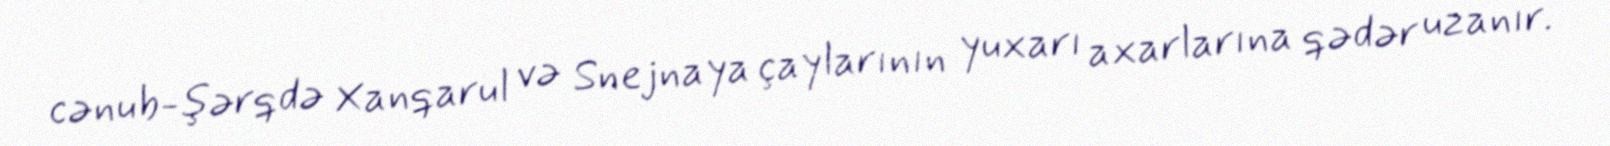
cənub-şərqdə Xanqarul və Snejnaya çaylarının yuxarı axarlarına qədər uzanır.